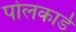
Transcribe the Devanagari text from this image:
पोलकार्ड